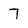
Character: 7